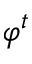
\varphi ^ { t }